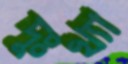
দুঃখ্যা